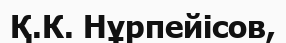
Қ.К. Нұрпейісов,